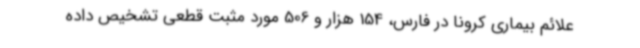
علائم بیماری کرونا در فارس، 154 هزار و 506 مورد مثبت قطعی تشخیص داده